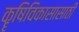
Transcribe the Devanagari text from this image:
कॄषिविकासासाठी